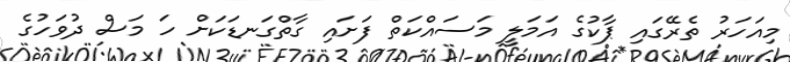
މިއަހަރު ތެރޭގައި ޕާކުގެ އަމަލީ މަސައްކަތް ފަށައި ގާތްގަނޑަކަށް ހަ މަސް ދުވަހުގެ